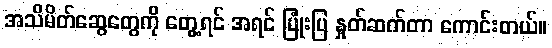
အသိမိတ်ဆွေတွေကို တွေ့ရင် အရင် ပြုံးပြ နှုတ်ဆက်တာ ကောင်းတယ်။